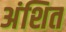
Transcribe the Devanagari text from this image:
अंशित